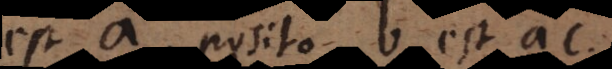
est a posito b est ac